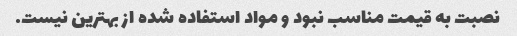
نصبت به قیمت مناسب نبود و مواد استفاده شده از بهترین نیست.